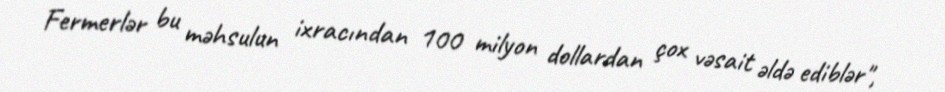
Fermerlər bu məhsulun ixracından 100 milyon dollardan çox vəsait əldə ediblər",